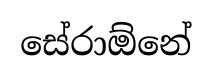
සේරාඕනේ